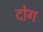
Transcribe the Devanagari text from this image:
दोग